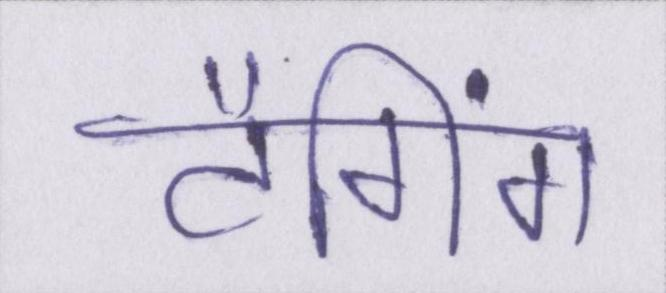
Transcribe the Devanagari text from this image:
टैगिंग